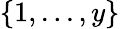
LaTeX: \left\{ 1,...,y\right\}